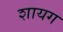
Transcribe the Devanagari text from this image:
शायग